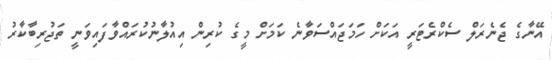
އޭނާގެ ޖެނެރަލް ސެކްރެޓަރީ އަކަށް ހަމަޖައްސަވާނެ ކަމަށް މީގެ ކުރިން އިއުލާނުކުރައްވާފައިވަނީ ތަޖުރިބާކާރު